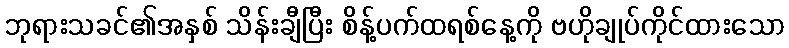
ဘုရားသခင်၏အနှစ် သိန်းချီပြီး စိန့်ပက်ထရစ်နေ့ကို ဗဟိုချုပ်ကိုင်ထားသော